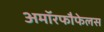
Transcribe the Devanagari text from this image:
अमॉरफौफेलस